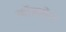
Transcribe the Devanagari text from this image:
कॉलमेन